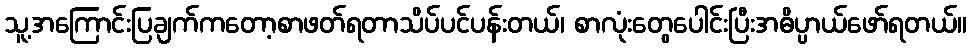
သူ့အကြောင်းပြချက်ကတော့စာဖတ်ရတာသိပ်ပင်ပန်းတယ်၊ စာလုံးတွေပေါင်းပြီးအဓိပ္ပာယ်ဖော်ရတယ်။